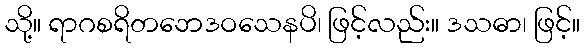
သို့။ ရာဂစရိတဘေဒဝသေနပိ၊ ဖြင့်လည်း။ ဒသဓာ၊ ဖြင့်။